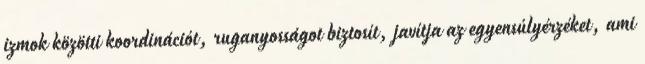
izmok közötti koordinációt, ruganyosságot biztosít, javítja az egyensúlyérzéket, ami